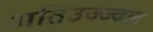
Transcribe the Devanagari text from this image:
अतिउज्ज्वल